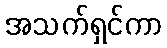
အသက်ရှင်ကာ